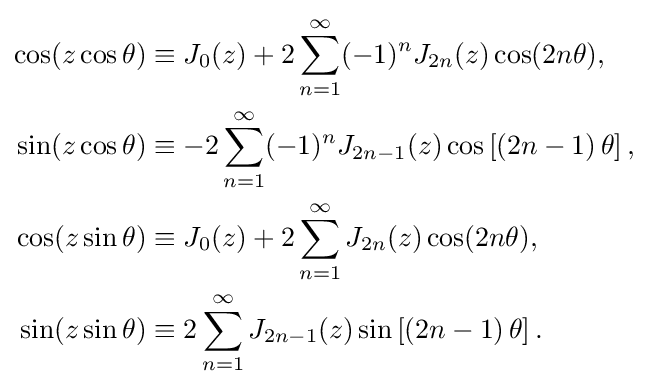
{\begin{aligned}\cos(z\cos \theta )&\equiv J_{0}(z)+2\sum _{n=1}^{\infty }(-1)^{n}J_{2n}(z)\cos(2n\theta ),\\\sin(z\cos \theta )&\equiv -2\sum _{n=1}^{\infty }(-1)^{n}J_{2n-1}(z)\cos \left[\left(2n-1\right)\theta \right],\\\cos(z\sin \theta )&\equiv J_{0}(z)+2\sum _{n=1}^{\infty }J_{2n}(z)\cos(2n\theta ),\\\sin(z\sin \theta )&\equiv 2\sum _{n=1}^{\infty }J_{2n-1}(z)\sin \left[\left(2n-1\right)\theta \right].\end{aligned}}